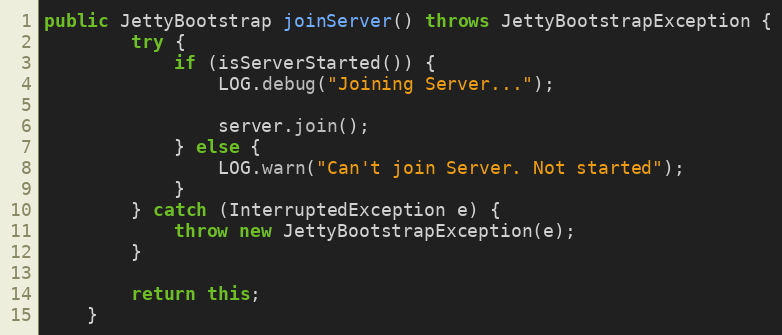
Language: Java
public JettyBootstrap joinServer() throws JettyBootstrapException {
        try {
            if (isServerStarted()) {
                LOG.debug("Joining Server...");

                server.join();
            } else {
                LOG.warn("Can't join Server. Not started");
            }
        } catch (InterruptedException e) {
            throw new JettyBootstrapException(e);
        }

        return this;
    }